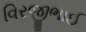
વિરજીભાઈ